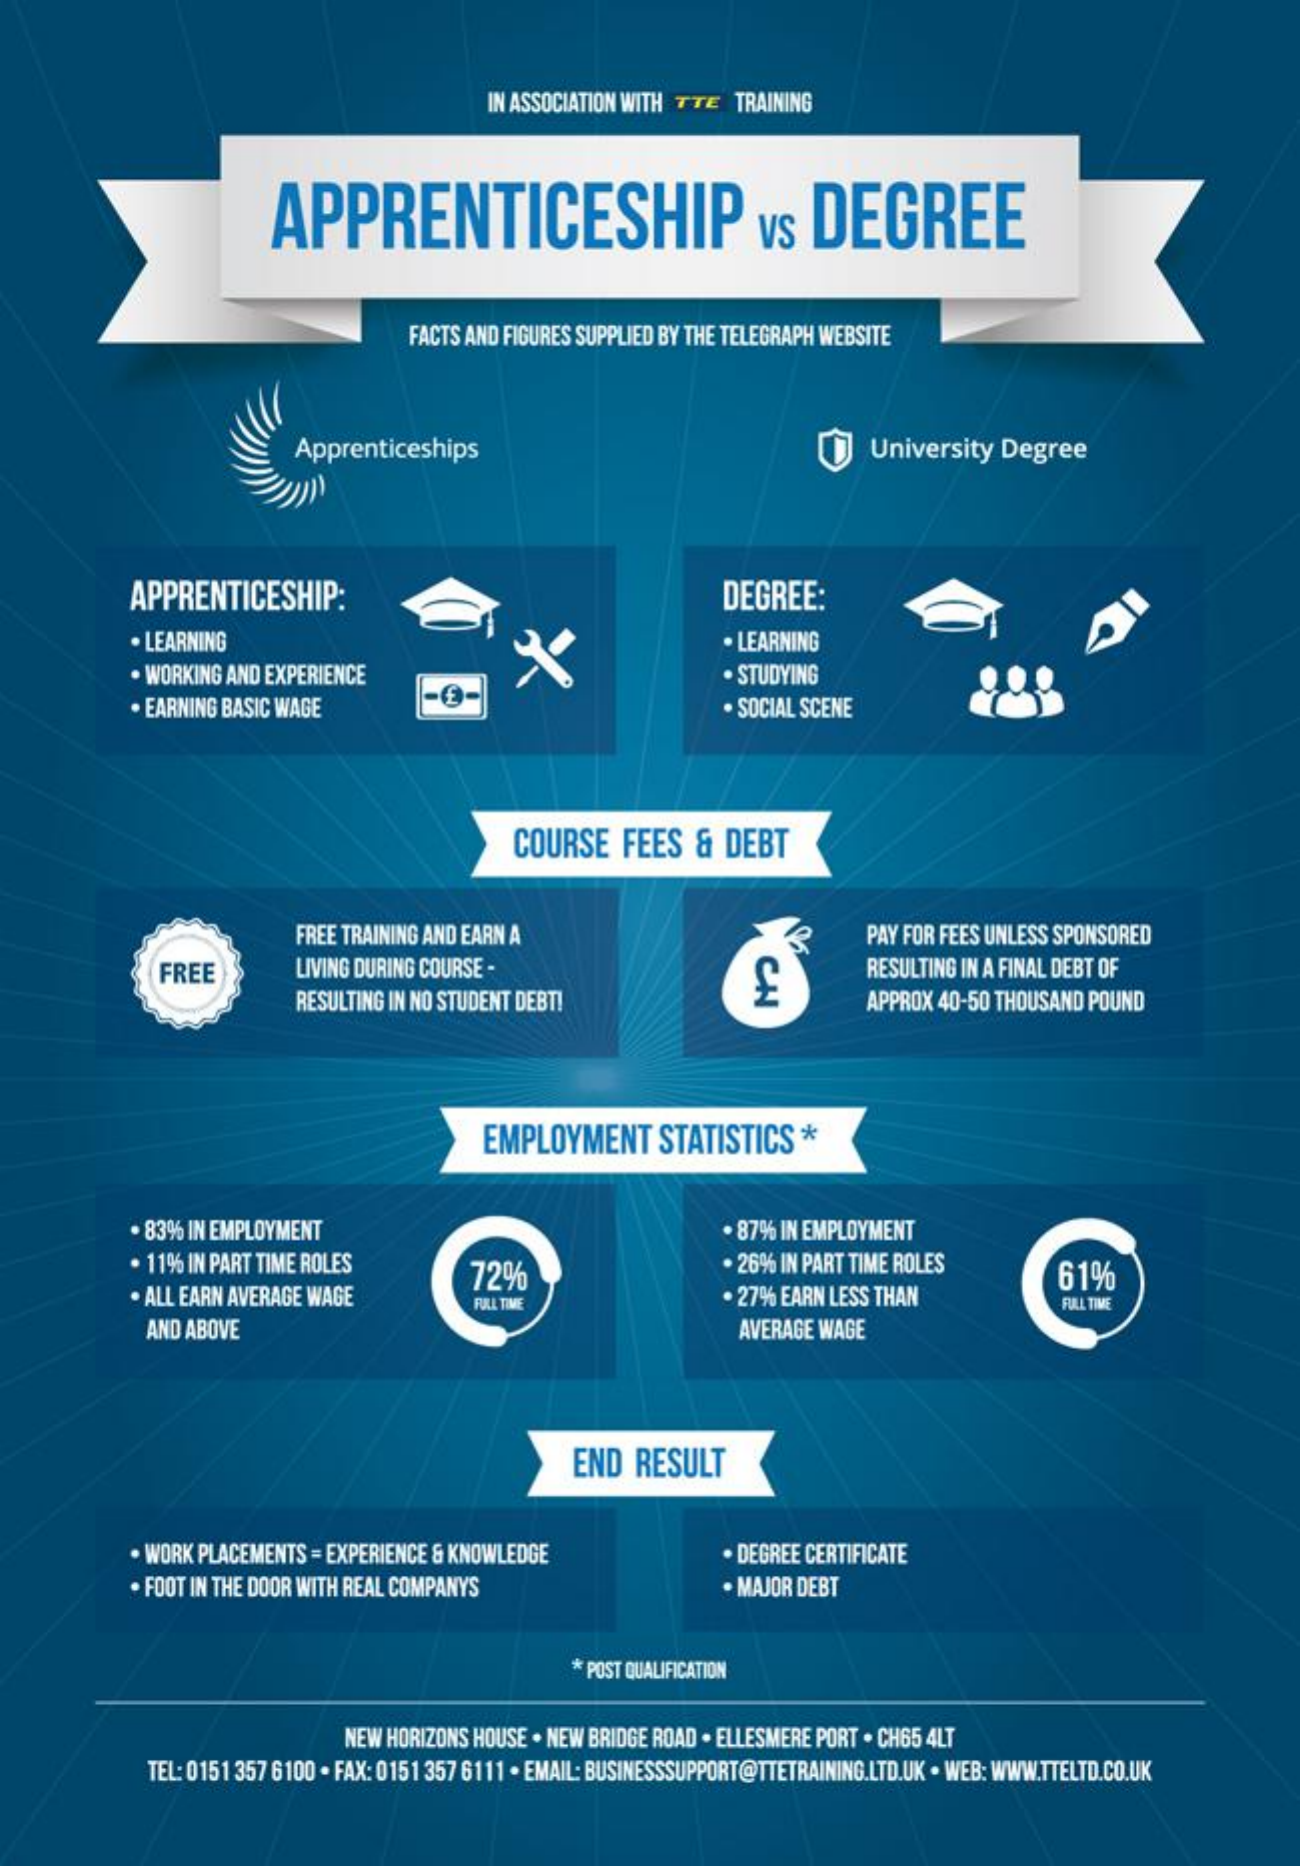
IN ASSOCIATION WITH TTE TRAINING
     APPRENTICESHIP    vS   DEGREE
     FACTS AND FIGURES SUPPLIED BY THE TELEGRAPH WEBSITE
     Apprenticeships    University  Degree
     APPRENTICESHIP:    DEGREE:
     . LEARNING    . LEARNING
     WORKING AND EXPERIENCE    · STUDYING
     . EARNING BASIC WAGE    -O-    . SOCIAL SCENE
     COURSE    FEES   &  DEBT
     FREE TRAINING AND EARN A    PAY FOR FEES UNLESS SPONSORED
     FREE    LIVING DURING COURSE -    CH    RESULTING IN A FINAL DEBT OF
     RESULTING IN NO STUDENT DEBT!    APPROX 40-50 THOUSAND POUND
     EMPLOYMENT    STATISTICS    *
     . 83% IN EMPLOYMENT    . 87% IN EMPLOYMENT
     . 11% IN PART TIME ROLES
     ALL EARN AVERAGE WAGE
     72%    . 26% IN PART TIME ROLES
     FULL TIME    . 27% EARN LESS THAN
     61%
     FULL TIME
     AND ABOVE    AVERAGE WAGE
     END  RESULT
     . WORK PLACEMENTS = EXPERIENCE & KNOWLEDGE    · DEGREE CERTIFICATE
     . FOOT IN THE DOOR WITH REAL COMPANY'S    . MAJOR DEBT
     * POST QUALIFICATION
     NEW HORIZONS HOUSE . NEW BRIDGE ROAD . ELLESMERE PORT . CH65 4LT
     TEL: 0151 357 6100 . FAX: 0151 357 6111 . EMAIL: BUSINESSSUPPORT@TTETRAINING.LTD.UK . WEB: WWW.TTELTD.CO.UK